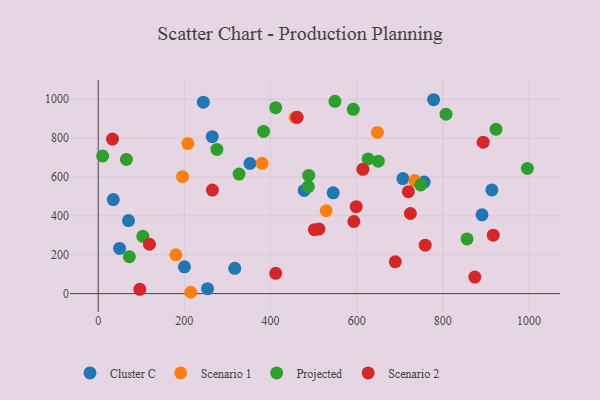
{"axis": {"x": "Price", "y": "Exam Score"}, "legend": ["Cluster C", "Projected", "Scenario 1", "Scenario 2"], "data": [{"x": "244.0", "y": 984.8, "type": "Cluster C"}, {"x": "891.1", "y": 405.3, "type": "Cluster C"}, {"x": "707.4", "y": 591.8, "type": "Cluster C"}, {"x": "778.7", "y": 997.3, "type": "Cluster C"}, {"x": "545.5", "y": 518.6, "type": "Cluster C"}, {"x": "317.0", "y": 130.0, "type": "Cluster C"}, {"x": "253.8", "y": 25.4, "type": "Cluster C"}, {"x": "34.9", "y": 483.9, "type": "Cluster C"}, {"x": "264.7", "y": 807.5, "type": "Cluster C"}, {"x": "478.3", "y": 530.7, "type": "Cluster C"}, {"x": "49.5", "y": 232.4, "type": "Cluster C"}, {"x": "913.9", "y": 533.1, "type": "Cluster C"}, {"x": "200.1", "y": 137.8, "type": "Cluster C"}, {"x": "70.2", "y": 375.5, "type": "Cluster C"}, {"x": "352.3", "y": 669.2, "type": "Cluster C"}, {"x": "756.6", "y": 573.7, "type": "Cluster C"}, {"x": "380.6", "y": 670.0, "type": "Scenario 1"}, {"x": "180.2", "y": 199.6, "type": "Scenario 1"}, {"x": "195.8", "y": 601.5, "type": "Scenario 1"}, {"x": "208.1", "y": 771.5, "type": "Scenario 1"}, {"x": "735.0", "y": 581.3, "type": "Scenario 1"}, {"x": "214.9", "y": 6.9, "type": "Scenario 1"}, {"x": "529.1", "y": 426.2, "type": "Scenario 1"}, {"x": "648.3", "y": 829.2, "type": "Scenario 1"}, {"x": "457.5", "y": 906.0, "type": "Scenario 1"}, {"x": "996.4", "y": 644.1, "type": "Projected"}, {"x": "592.1", "y": 947.7, "type": "Projected"}, {"x": "549.6", "y": 989.0, "type": "Projected"}, {"x": "275.5", "y": 741.5, "type": "Projected"}, {"x": "487.7", "y": 550.6, "type": "Projected"}, {"x": "650.3", "y": 681.1, "type": "Projected"}, {"x": "412.1", "y": 956.5, "type": "Projected"}, {"x": "488.7", "y": 607.7, "type": "Projected"}, {"x": "856.2", "y": 281.3, "type": "Projected"}, {"x": "626.6", "y": 692.9, "type": "Projected"}, {"x": "923.6", "y": 844.8, "type": "Projected"}, {"x": "10.2", "y": 707.8, "type": "Projected"}, {"x": "327.0", "y": 614.7, "type": "Projected"}, {"x": "72.3", "y": 190.1, "type": "Projected"}, {"x": "65.5", "y": 690.0, "type": "Projected"}, {"x": "383.9", "y": 834.3, "type": "Projected"}, {"x": "103.7", "y": 294.6, "type": "Projected"}, {"x": "748.7", "y": 559.1, "type": "Projected"}, {"x": "807.5", "y": 922.9, "type": "Projected"}, {"x": "720.0", "y": 524.1, "type": "Scenario 2"}, {"x": "412.0", "y": 104.6, "type": "Scenario 2"}, {"x": "33.1", "y": 795.0, "type": "Scenario 2"}, {"x": "759.2", "y": 249.1, "type": "Scenario 2"}, {"x": "874.4", "y": 85.0, "type": "Scenario 2"}, {"x": "593.5", "y": 370.9, "type": "Scenario 2"}, {"x": "917.1", "y": 300.4, "type": "Scenario 2"}, {"x": "599.0", "y": 447.4, "type": "Scenario 2"}, {"x": "118.9", "y": 254.0, "type": "Scenario 2"}, {"x": "724.8", "y": 412.2, "type": "Scenario 2"}, {"x": "501.9", "y": 329.1, "type": "Scenario 2"}, {"x": "689.7", "y": 163.5, "type": "Scenario 2"}, {"x": "265.1", "y": 532.4, "type": "Scenario 2"}, {"x": "96.5", "y": 22.1, "type": "Scenario 2"}, {"x": "461.8", "y": 906.8, "type": "Scenario 2"}, {"x": "614.5", "y": 639.4, "type": "Scenario 2"}, {"x": "512.4", "y": 331.8, "type": "Scenario 2"}, {"x": "893.8", "y": 779.0, "type": "Scenario 2"}]}